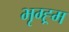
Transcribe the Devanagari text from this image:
भृग्ह्र्म